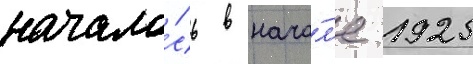
начало́сь в нача́л'е 1925